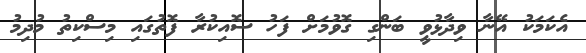
އެކަމަކު އޭނާ ވިދާޅުވީ ބަންގި ގޮވުމަށް ފަހު ސޮއިކުރާ ފޮތުގައި މިސްކިތު މުދިމު